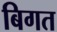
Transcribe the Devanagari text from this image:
बिगत